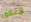
لإغلاق